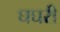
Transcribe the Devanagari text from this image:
घघरी